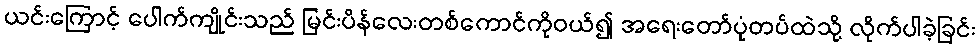
ယင်းကြောင့် ပေါက်ကျိုင်းသည် မြင်းပိန်လေးတစ်ကောင်ကိုဝယ်၍ အရေးတော်ပုံတပ်ထဲသို့ လိုက်ပါခဲ့ခြင်း